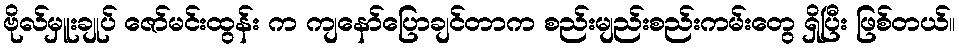
ဗိုလ်မှူးချုပ် ဇော်မင်းထွန်း က ကျနော်ပြောချင်တာက စည်းမျည်းစည်းကမ်းတွေ ရှိပြီး ဖြစ်တယ်။